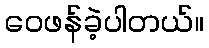
ဝေဖန်ခဲ့ပါတယ်။